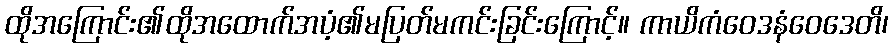
ထိုအကြောင်း၏ထိုအထောက်အပံ့၏မပြတ်မကင်းခြင်းကြောင့်။ ကာယိကံဝေဒနံဝေဒေတိ၊